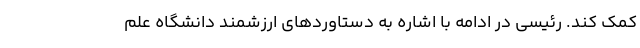
کمک کند. رئیسی در ادامه با اشاره به دستاوردهای ارزشمند دانشگاه علم